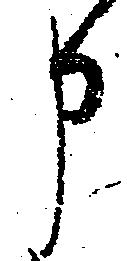
申